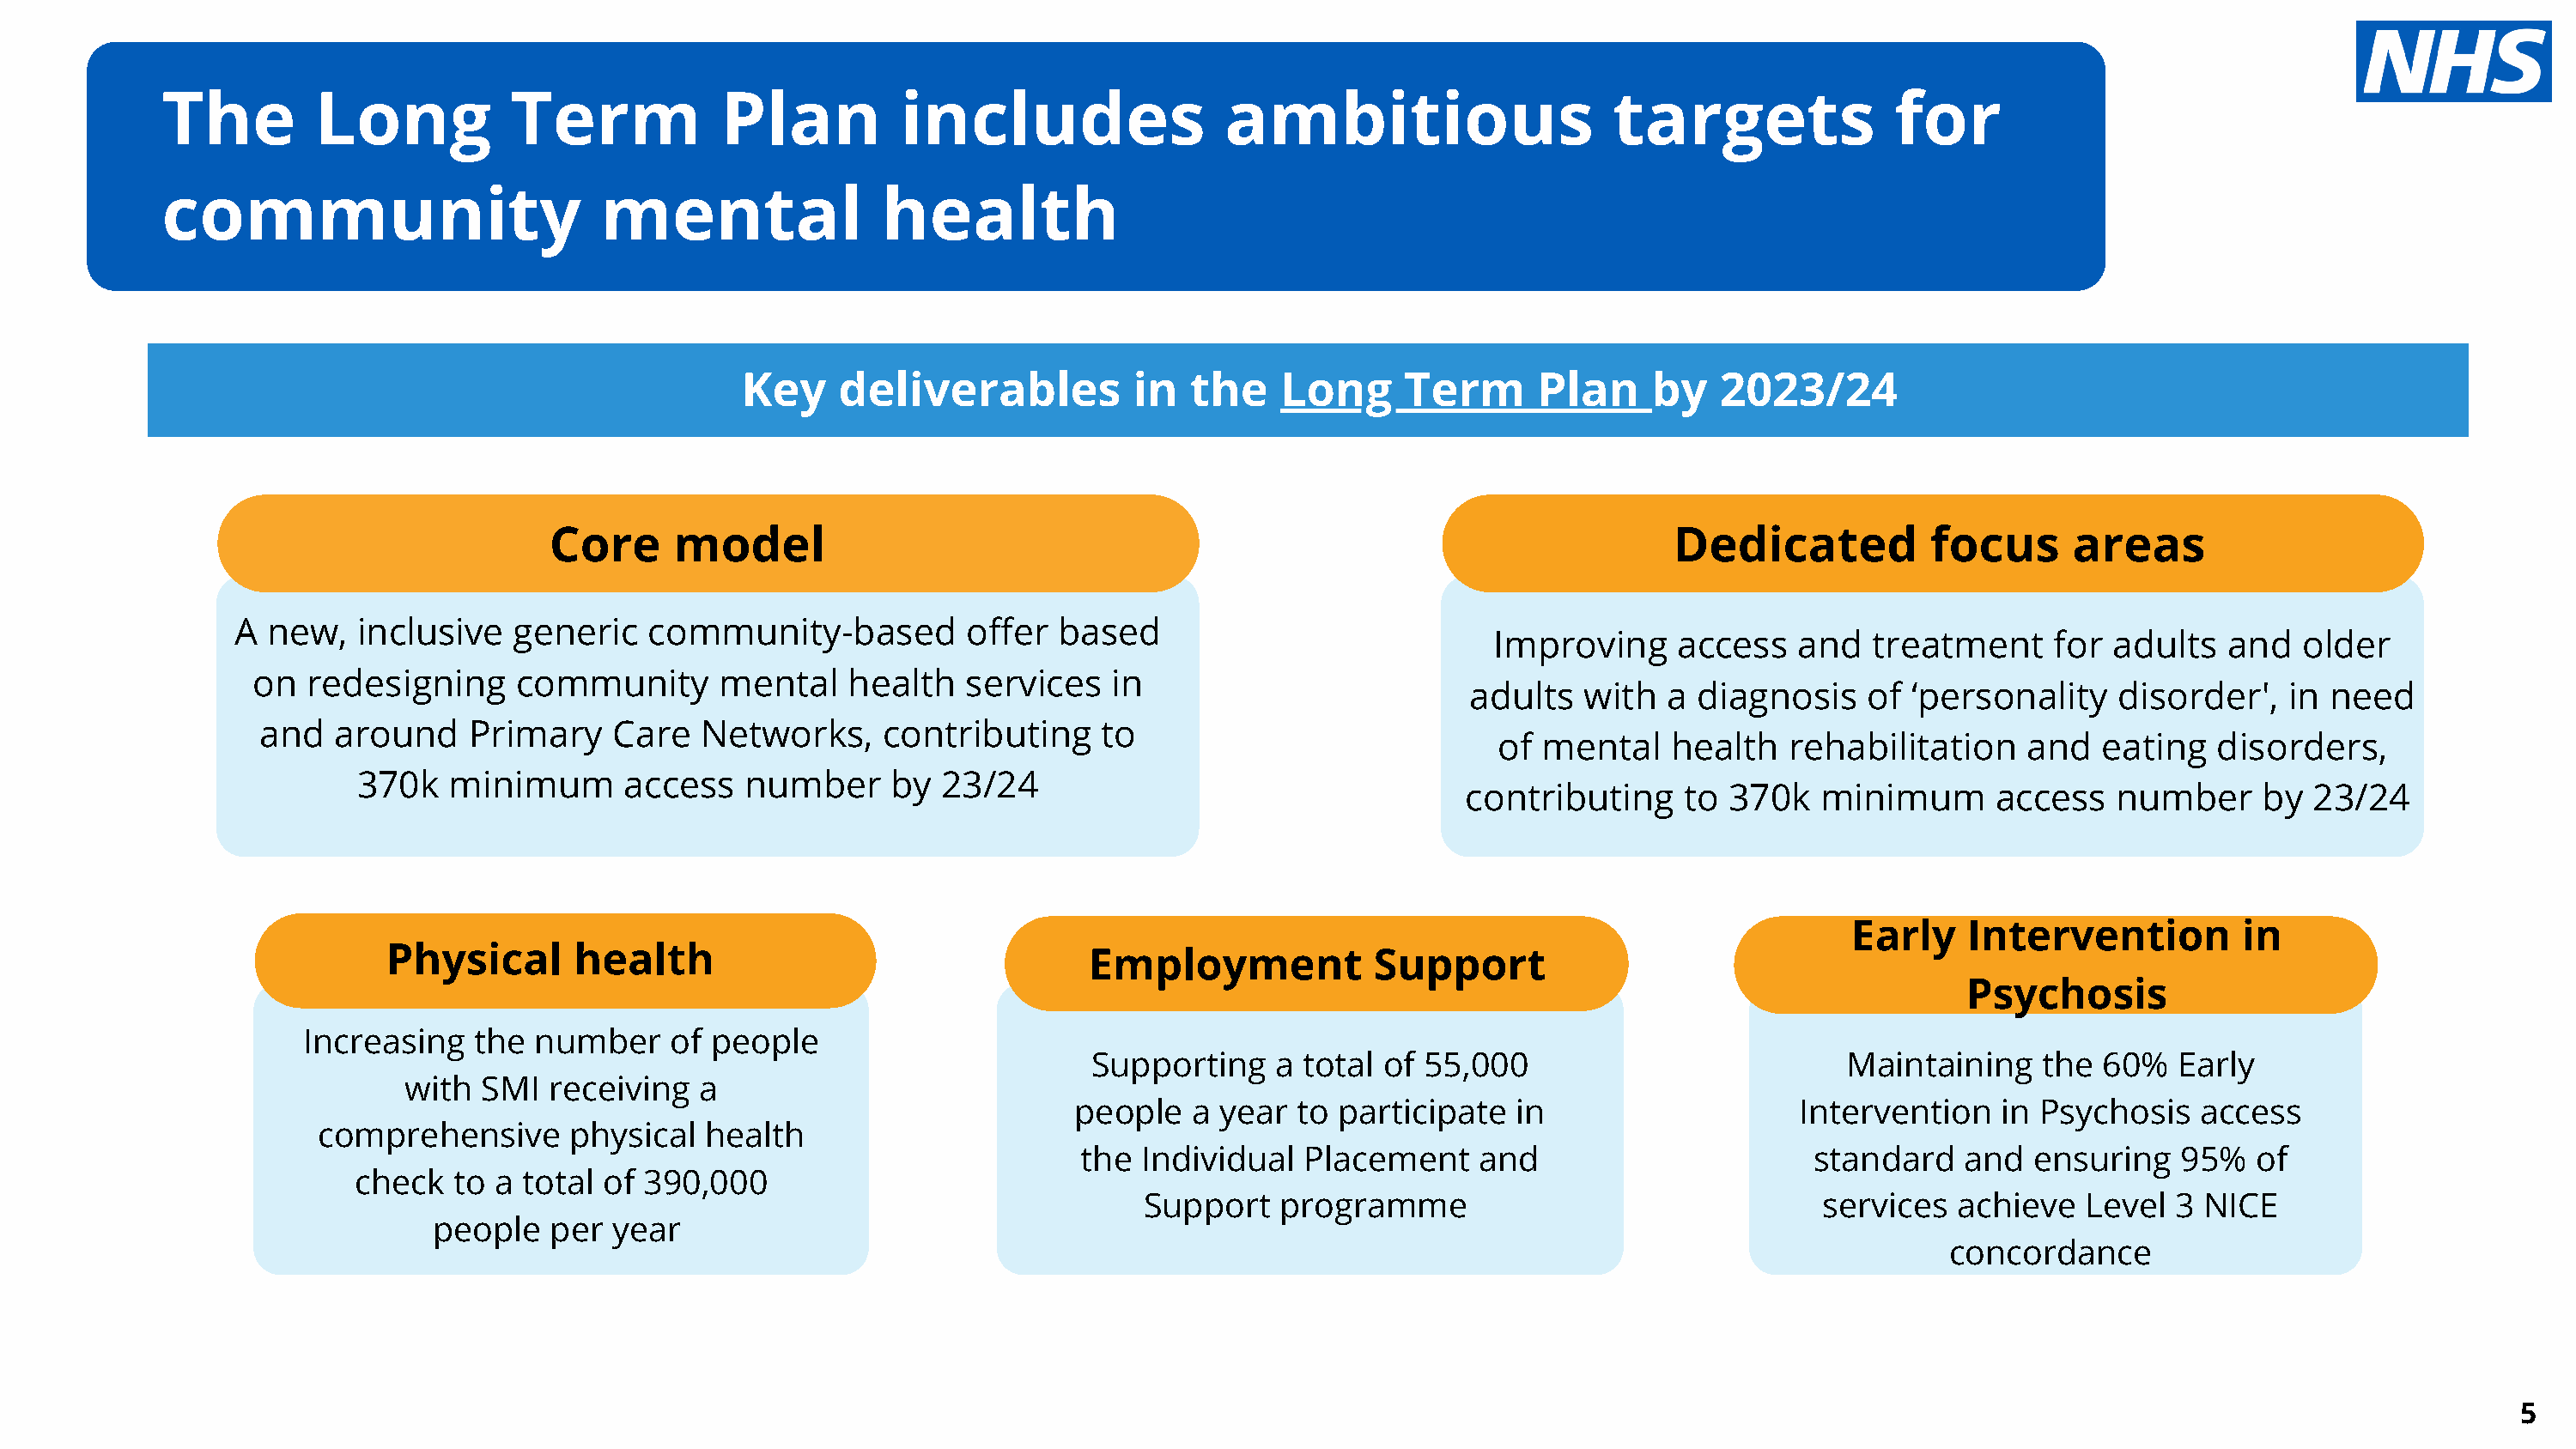
The         Long           Term             Plan         includes                 ambitious                     targets               for
 community                         mental                health
 Key   deliverables        in  the   Long     Term    Plan    by   2023/24      funded
 Key     deliverables          in   the    Long     Term       Plan    by    2023/24
 through      transformation           funding
 Core      model                                                                        Dedicated           focus      areas
 A  new,   inclusive   generic   community-based         offer   based
 Improving     access    and  treatment     for  adults   and  older
 on   redesigning     community      mental    health   services    in
 adults   with  a  diagnosis    of ‘personality    disorder',   in  need
 and   around    Primary    Care   Networks,     contributing     to
 of  mental    health   rehabilitation    and   eating   disorders,
 370k   minimum      access   number      by  23/24
 contributing     to 370k   minimum       access   number     by  23/24
 Early    Intervention         in
 Physical      health                                  Employment            Support
 Psychosis
 Increasing    the number     of people
 Supporting    a total  of 55,000                          Maintaining    the  60%   Early
 with  SMI  receiving   a
 people   a year  to participate   in                    Intervention   in Psychosis    access
 comprehensive       physical  health
 the  Individual   Placement    and                       standard   and   ensuring   95%   of
 check   to a total of  390,000
 Support    programme                                 services  achieve   Level  3 NICE
 people   per  year
 concordance
 5